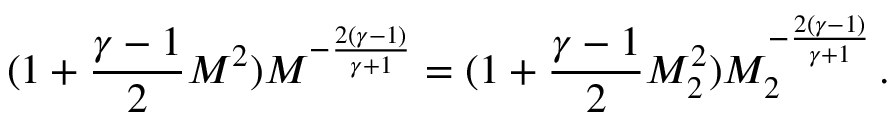
( 1 + \frac { \gamma - 1 } { 2 } M ^ { 2 } ) M ^ { - \frac { 2 ( \gamma - 1 ) } { \gamma + 1 } } = ( 1 + \frac { \gamma - 1 } { 2 } M _ { 2 } ^ { 2 } ) M _ { 2 } ^ { - \frac { 2 ( \gamma - 1 ) } { \gamma + 1 } } \, .